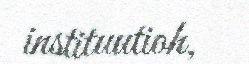
instituutioh,